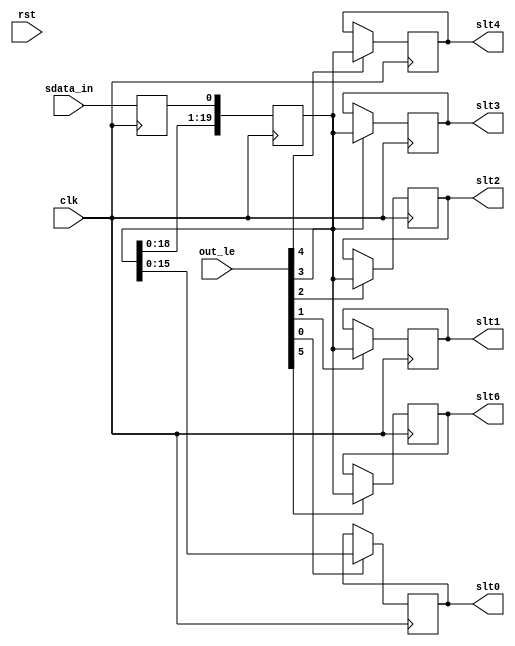
/////////////////////////////////////////////////////////////////////
////                                                             ////
////  WISHBONE AC 97 Controller                                  ////
////  Serial Input Block                                         ////
////                                                             ////
////                                                             ////
////          rudi@asics.ws                                      ////
////                                                             ////
////                                                             ////
////  Downloaded from: http://www.opencores.org/cores/ac97_ctrl/ ////
////                                                             ////
/////////////////////////////////////////////////////////////////////
////                                                             ////
//// Copyright (C) 2000-2002 Rudolf Usselmann                    ////
////                         www.asics.ws                        ////
////                         rudi@asics.ws                       ////
////                                                             ////
//// This source file may be used and distributed without        ////
//// restriction provided that this copyright statement is not   ////
//// removed from the file and that any derivative work contains ////
//// the original copyright notice and the associated disclaimer.////
////                                                             ////
////     THIS SOFTWARE IS PROVIDED ``AS IS'' AND WITHOUT ANY     ////
//// EXPRESS OR IMPLIED WARRANTIES, INCLUDING, BUT NOT LIMITED   ////
//// TO, THE IMPLIED WARRANTIES OF MERCHANTABILITY AND FITNESS   ////
//// FOR A PARTICULAR PURPOSE. IN NO EVENT SHALL THE AUTHOR      ////
//// OR CONTRIBUTORS BE LIABLE FOR ANY DIRECT, INDIRECT,         ////
//// INCIDENTAL, SPECIAL, EXEMPLARY, OR CONSEQUENTIAL DAMAGES    ////
//// (INCLUDING, BUT NOT LIMITED TO, PROCUREMENT OF SUBSTITUTE   ////
//// GOODS OR SERVICES; LOSS OF USE, DATA, OR PROFITS; OR        ////
//// BUSINESS INTERRUPTION) HOWEVER CAUSED AND ON ANY THEORY OF  ////
//// LIABILITY, WHETHER IN  CONTRACT, STRICT LIABILITY, OR TORT  ////
//// (INCLUDING NEGLIGENCE OR OTHERWISE) ARISING IN ANY WAY OUT  ////
//// OF THE USE OF THIS SOFTWARE, EVEN IF ADVISED OF THE         ////
//// POSSIBILITY OF SUCH DAMAGE.                                 ////
////                                                             ////
/////////////////////////////////////////////////////////////////////

//  CVS Log
//
//  $Id: ac97_sin.v,v 1.2 2002-09-19 06:30:56 rudi Exp $
//
//  $Date: 2002-09-19 06:30:56 $
//  $Revision: 1.2 $
//  $Author: rudi $
//  $Locker:  $
//  $State: Exp $
//
// Change History:
//               $Log: not supported by cvs2svn $
//               Revision 1.1  2001/08/03 06:54:50  rudi
//
//
//               - Changed to new directory structure
//
//               Revision 1.1.1.1  2001/05/19 02:29:15  rudi
//               Initial Checkin
//
//
//
//


module ac97_sin(clk, rst,

	out_le, slt0, slt1, slt2, slt3, slt4,
	slt6, 

	sdata_in
	);

input		clk, rst;

// --------------------------------------
// Misc Signals
input	[5:0]	out_le;
output	[15:0]	slt0;
output	[19:0]	slt1;
output	[19:0]	slt2;
output	[19:0]	slt3;
output	[19:0]	slt4;
output	[19:0]	slt6;

// --------------------------------------
// AC97 Codec Interface
input		sdata_in;

////////////////////////////////////////////////////////////////////
//
// Local Wires
//

reg		sdata_in_r;
reg	[19:0]	sr;

reg	[15:0]	slt0;
reg	[19:0]	slt1;
reg	[19:0]	slt2;
reg	[19:0]	slt3;
reg	[19:0]	slt4;
reg	[19:0]	slt6;

////////////////////////////////////////////////////////////////////
//
// Output Registers
//

always @(posedge clk)
	if(out_le[0])	slt0 <= #1 sr[15:0];

always @(posedge clk)
	if(out_le[1])	slt1 <= #1 sr;

always @(posedge clk)
	if(out_le[2])	slt2 <= #1 sr;

always @(posedge clk)
	if(out_le[3])	slt3 <= #1 sr;

always @(posedge clk)
	if(out_le[4])	slt4 <= #1 sr;

always @(posedge clk)
	if(out_le[5])	slt6 <= #1 sr;

////////////////////////////////////////////////////////////////////
//
// Serial Shift Register
//

always @(negedge clk)
	sdata_in_r <= #1 sdata_in;

always @(posedge clk)
	sr <= #1 {sr[18:0], sdata_in_r };

endmodule